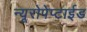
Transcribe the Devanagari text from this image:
न्यूरोपेप्टाईड